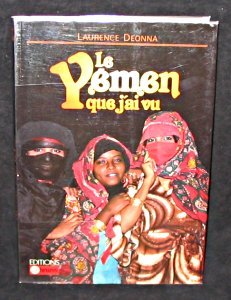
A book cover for Le Yemen que j'ai vu (Collection "Visages sans frontieres") (French Edition); Laurence Deonna; Travel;